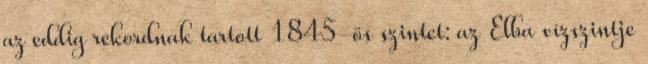
az eddig rekordnak tartott 1845-ös szintet: az Elba vízszintje